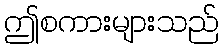
ဤစကားများသည်